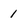
Character: 1